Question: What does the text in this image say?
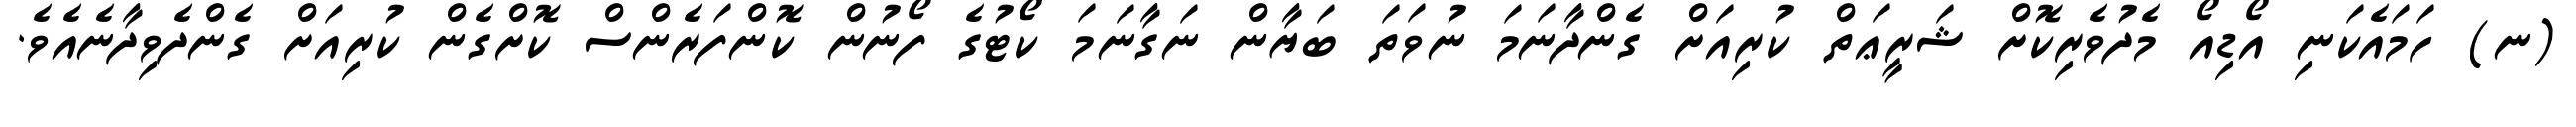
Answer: (ނ) ހަމައެކަނި އޯޑިއޯ މެދުވެރިކޮށް ޝަރީޢަތް ކުރިއަށް ގެންދާނަމަ ނުވަތަ ބަޔާން ނަގާނަމަ ކޯޓުގެ ފޯނުން ކޮންފަރެންސް ކޮށްގެން ކުރިއަށް ގެންދެވިދާނެއެވެ.